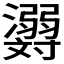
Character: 𬉪